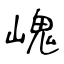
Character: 㟴